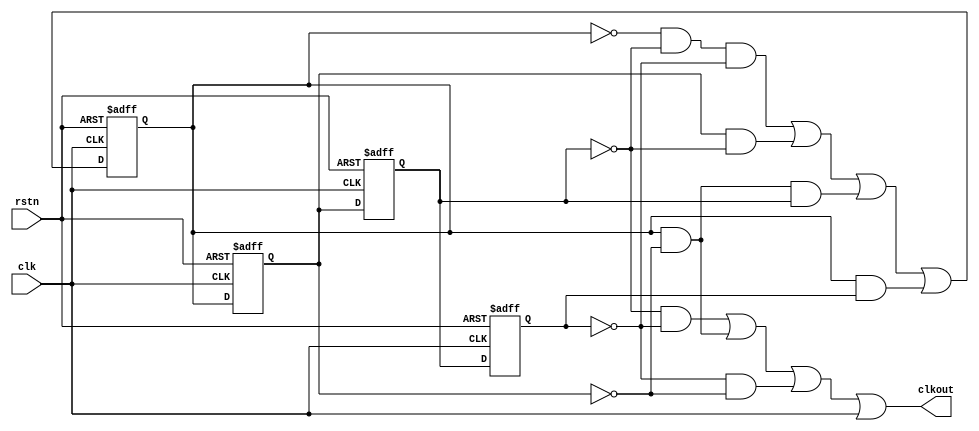
module clkdiv2
(
  input clk,
  input rstn,
  output clkout
);

reg d1;
reg d2;
reg d3;
reg d4;

wire in;

always @ (posedge clk or negedge rstn) begin
  if(!rstn)
    d1 <= 0; 
  else
    d1 <= in;
end

always @ (posedge clk or negedge rstn) begin
  if(!rstn)
    d2 <= 0; 
  else
    d2 <= d1;
end

always @ (posedge clk or negedge rstn) begin
  if(!rstn)
    d3 <= 0; 
  else
    d3 <= d2;
end

always @ (posedge clk or negedge rstn) begin
  if(!rstn)
    d4 <= 0; 
  else
    d4 <= d3;
end

// assign in = ((~d1)&(~d2)&(~d3)&(~d4) | ((~d1)&(d2)&(~d3)&(~d4)) | ((d1)&(~d2)&(d3)&(~d4)) | ((d1)&(d2)&(~d3)&(d4)));
assign in = (((~d1)&(~d3)&(~d4)) | ((d2)&(~d3)) | ((d1)&(~d2)&(d3)) | ((d1)&(d4)));
// assign clkout = (((~d1)&(~d2)&(~d3)&(~d4)) | ((d1)&(~d2)&(~d3)&(~d4)) | ((d1)&(d2)&(~d3)&(d4)&clk) | ((d1)&(~d2)&(d3)&(~d4)) | ((~d1)&(d2)&(~d3)&(~d4)));
assign clkout = (((~d3)&(~d4)) | ((d1)&(~d2)) | ((~d4)&(~d2)) | clk);// | ((d1)&(~d3)&clk) | ((d1)&(d4)&(clk))
//0
// assign clkout = (~((d4&clk) | (d1&d2&clk)));

endmodule